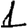
Digit: 1